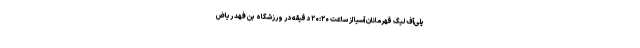
پلی‌آف لیگ قهرمانان آسیا از ساعت ۲۰:۲۰ دقیقه در ورزشگاه بن فهد ریاض